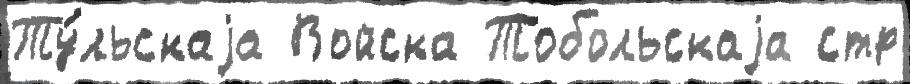
Ту́льскаjа Войска Тобольскаjа стр